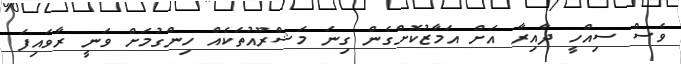
ވެސް ސިއްހީ ދާއިރާ އަށް އަމާޒުކޮށްގެން ގިނަ މަޝްރޫއުތަކެއް ހިންގުމަށް ވަނީ ރާވައިފަ